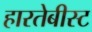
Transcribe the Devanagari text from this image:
हारतेबीस्ट